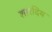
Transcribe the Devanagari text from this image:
शारदिय